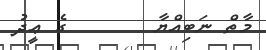
މާތް ނަބިއްޔާ       ގެ ޢީދު